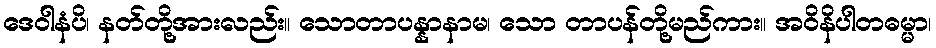
ဒေဝါနံပိ၊ နတ်တို့အားလည်း။ သောတာပန္နာနာမ၊ သော တာပန်တို့မည်ကား။ အဝိနိပါတဓမ္မာ၊